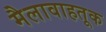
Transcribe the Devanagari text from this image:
मैलावाहतूक